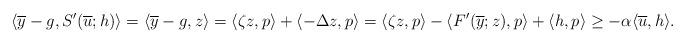
LaTeX: \begin{align*}\langle \overline{y}-g, S'(\overline{u};h) \rangle =\langle \overline{y}-g, z \rangle = \langle \zeta z, p \rangle + \langle -\Delta z, p \rangle = \langle \zeta z, p \rangle - \langle F'(\overline{y}; z), p \rangle + \langle h, p \rangle\ge -\alpha \langle \overline{u}, h\rangle.\end{align*}